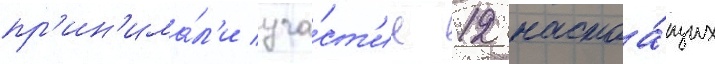
пр'ин'има́л'и уча́ст'ие 12 настоа́щих